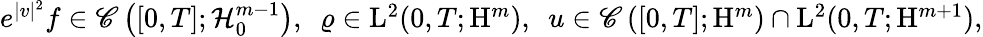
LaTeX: \begin{array}{r}{e^{\vert v\vert^{2}}f\in\mathscr{C}\left([0,T];\mathcal{H}_{0}^{m-1}\right),\ \ \varrho\in\mathrm{L}^{2}(0,T;\mathrm{H}^{m}),\ \ u\in\mathscr{C}\left([0,T];\mathrm{H}^{m}\right)\cap\mathrm{L}^{2}(0,T;\mathrm{H}^{m+1}),}\end{array}